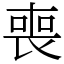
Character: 喪